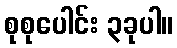
စုစုပေါင်း ၃ခုပါ။